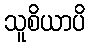
သူစိယာပိ